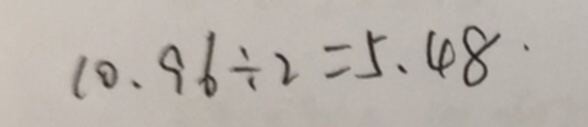
1 0 . 9 6 \div 2 = 5 . 4 8 \cdot